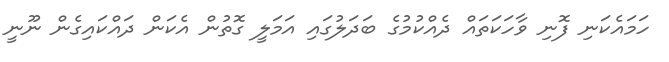
ހަމައެކަނި ފޮނި ވާހަކަތައް ދެއްކުމުގެ ބަދަލުގައި އަމަލީ ގޮތުން އެކަން ދައްކައިގެން ނޫނީ